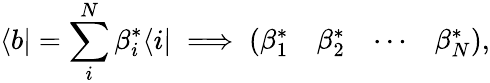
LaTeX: \langle b|=\sum_{i}^{N}\beta_{i}^{*}\langle i|\implies\left(\begin{array}{llll}{\beta_{1}^{*}}&{\beta_{2}^{*}}&{\cdots}&{\beta_{N}^{*}}\end{array}\right),